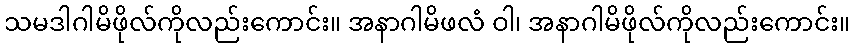
သမဒါဂါမိဖိုလ်ကိုလည်းကောင်း။ အနာဂါမိဖလံ ဝါ၊ အနာဂါမိဖိုလ်ကိုလည်းကောင်း။